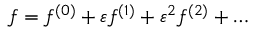
f = f ^ { ( 0 ) } + \varepsilon f ^ { ( 1 ) } + \varepsilon ^ { 2 } f ^ { ( 2 ) } + \dots